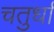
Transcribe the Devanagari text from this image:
चतुर्धा